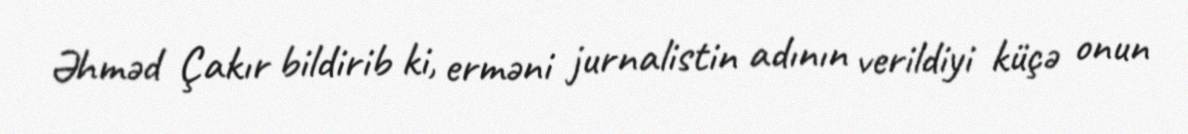
Əhməd Çakır bildirib ki, erməni jurnalistin adının verildiyi küçə onun